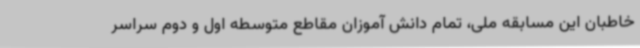
خاطبان این مسابقه ملی، تمام دانش آموزان مقاطع متوسطه اول و دوم سراسر